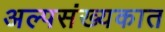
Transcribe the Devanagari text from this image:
अल्पसंख्यकात